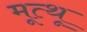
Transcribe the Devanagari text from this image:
मूत्थू